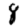
Digit: 8